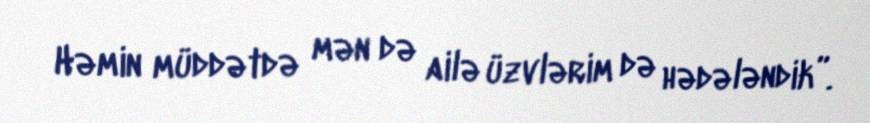
Həmin müddətdə mən də ailə üzvlərim də hədələndik”.